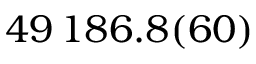
4 9 \, 1 8 6 . 8 ( 6 0 )